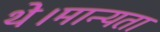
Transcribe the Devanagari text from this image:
थे।मान्यता